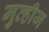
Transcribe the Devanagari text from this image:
मुव्हीज